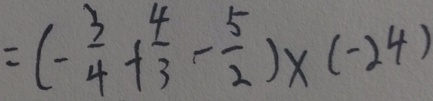
= ( - \frac { 3 } { 4 } + \frac { 4 } { 3 } - \frac { 5 } { 2 } ) \times ( - 2 4 )